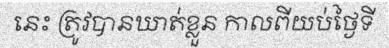
នេះ ត្រូវបានឃាត់ខ្លួន កាលពីយប់ថ្ងៃទី